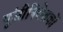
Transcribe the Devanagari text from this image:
पूंजीनिवेशकों